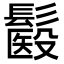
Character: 𩮾